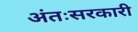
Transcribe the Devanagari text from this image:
अंतःसरकारी